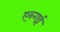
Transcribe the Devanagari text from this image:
एन्गई